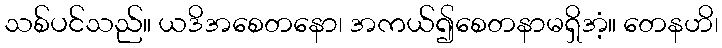
သစ်ပင်သည်။ ယဒိအစေတနော၊ အကယ်၍စေတနာမရှိအံ့။ တေနဟိ၊